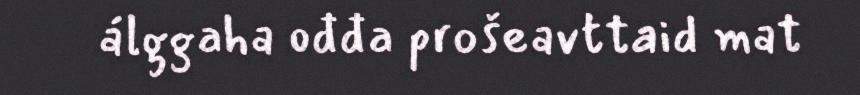
álggaha ođđa prošeavttaid mat